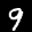
Label: 9